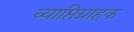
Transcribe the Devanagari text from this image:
व्याप्तिग्राहक